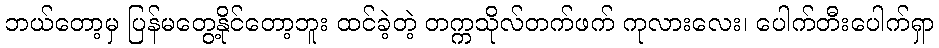
ဘယ်တော့မှ ပြန်မတွေ့နိုင်တော့ဘူး ထင်ခဲ့တဲ့ တက္ကသိုလ်တက်ဖက် ကုလားလေး၊ ပေါက်တီးပေါက်ရှာ